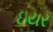
ઇયર